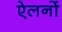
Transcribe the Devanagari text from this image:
ऐलनों